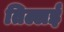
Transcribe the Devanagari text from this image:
तिल्लई